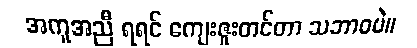
အကူအညီ ရရင် ကျေးဇူးတင်တာ သဘာဝပဲ။